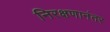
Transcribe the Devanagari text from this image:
निरक्षणानंतर